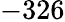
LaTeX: -326